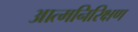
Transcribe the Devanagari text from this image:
आत्मनिरिक्षण